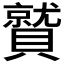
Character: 𮚦